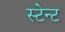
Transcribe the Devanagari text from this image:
स्टेन्ट